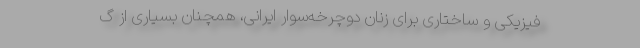
فیزیکی و ساختاری برای زنان دوچرخه‌سوار ایرانی، همچنان بسیاری از گ